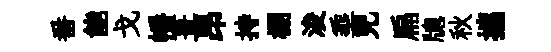
番能戈幡葺昂持棚浚埀兒扁牕秋攜